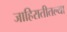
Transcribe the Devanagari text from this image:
जाहिरातीतल्या